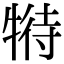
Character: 𤚟